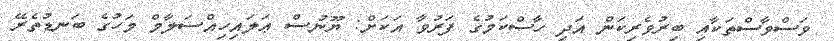
ވަސްވާސްތަކާއި ބިރުވެރިކަން އަދި ހާސްކަމުގެ ފަރުވާ އަކަށް: ޔޫނުސް ޢަލައިހިއްސަލާމް މަހުގެ ބަނޑުތެރޭ